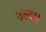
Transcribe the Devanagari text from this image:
उल्टा।